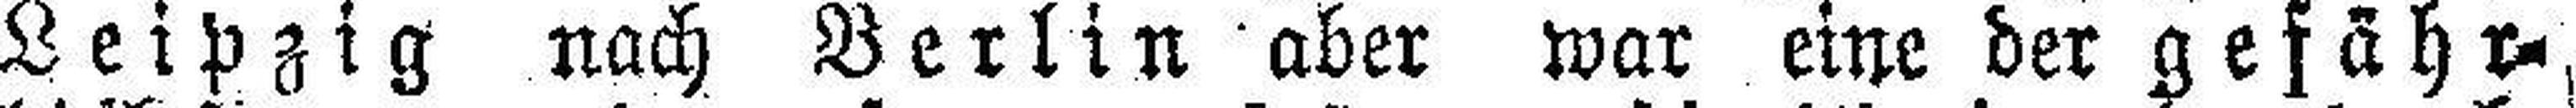
Leipzig nach Berlin aber war eine der gefähr¬